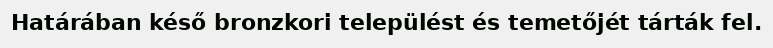
Határában késő bronzkori települést és temetőjét tárták fel.